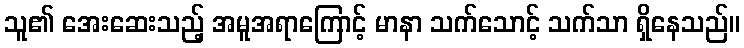
သူ၏ အေးဆေးသည့် အမူအရာကြောင့် မာနာ သက်သောင့် သက်သာ ရှိနေသည်။